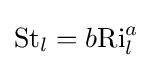
{\text{St}}_{l}=b{\text{Ri}}_{l}^{a}